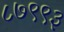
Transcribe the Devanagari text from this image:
८७९९३